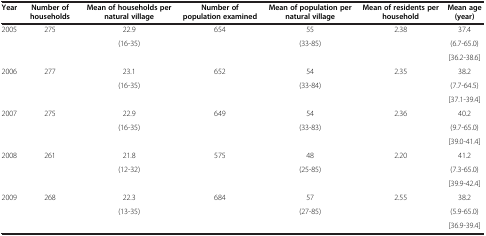
| Year | Number of households | Mean of households per natural village | Number of population examined | Mean of population per natural village | Mean of residents per household | Mean age (year) |
 | --- | --- | --- | --- | --- | --- | --- |
 | <ROWSPAN=3> 2005 | <ROWSPAN=3> 275 | 22.9 | <ROWSPAN=3> 654 | 55 | <ROWSPAN=3> 2.38 | 37.4 |
 | <ROWSPAN=2> (16-35) | <ROWSPAN=2> (33-85) | (6.7-65.0) |
 | [36.2-38.6] |
 | <ROWSPAN=3> 2006 | <ROWSPAN=3> 277 | 23.1 | <ROWSPAN=3> 652 | 54 | <ROWSPAN=3> 2.35 | 38.2 |
 | <ROWSPAN=2> (16-35) | <ROWSPAN=2> (33-84) | (7.7-64.5) |
 | [37.1-39.4] |
 | <ROWSPAN=3> 2007 | <ROWSPAN=3> 275 | 22.9 | <ROWSPAN=3> 649 | 54 | <ROWSPAN=3> 2.36 | 40.2 |
 | <ROWSPAN=2> (16-35) | <ROWSPAN=2> (33-83) | (9.7-65.0) |
 | [39.0-41.4] |
 | <ROWSPAN=3> 2008 | <ROWSPAN=3> 261 | 21.8 | <ROWSPAN=3> 575 | 48 | <ROWSPAN=3> 2.20 | 41.2 |
 | <ROWSPAN=2> (12-32) | <ROWSPAN=2> (25-85) | (7.3-65.0) |
 | [39.9-42.4] |
 | <ROWSPAN=3> 2009 | <ROWSPAN=3> 268 | 22.3 | <ROWSPAN=3> 684 | 57 | <ROWSPAN=3> 2.55 | 38.2 |
 | <ROWSPAN=2> (13-35) | <ROWSPAN=2> (27-85) | (5.9-65.0) |
 | [36.9-39.4] |